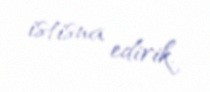
istisna edirik.